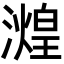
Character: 𬉒